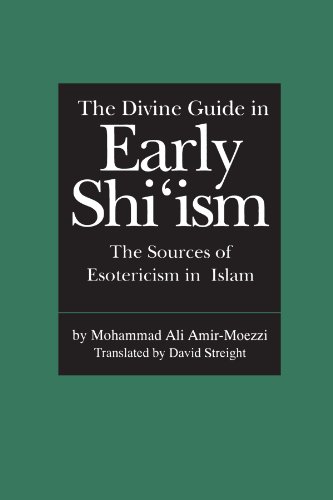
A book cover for The Divine Guide in Early Shi'ism: The Sources of Esotericism in Islam; Mohammad Ali Amir-Moezzi; Religion & Spirituality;